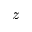
z